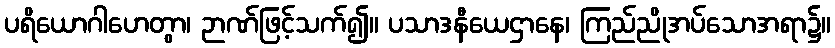
ပရိယောဂါဟေတွာ၊ ဉာဏ်ဖြင့်သက်၍။ ပသာဒနီယေဌာနေ၊ ကြည်ညိုအပ်သောအရာ၌။